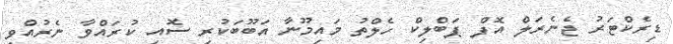
ޑިރެކްޓަރު ޖެނެރަލް އޮފް ޕަބްލިކް ހެލްތު މައިމޫނާ އަބޫބަކުރި ސޮއި ކުރައްވާ ނެރުއްވި